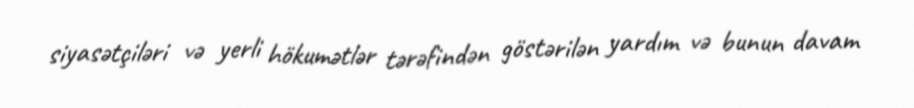
siyasətçiləri və yerli hökumətlər tərəfindən göstərilən yardım və bunun davam